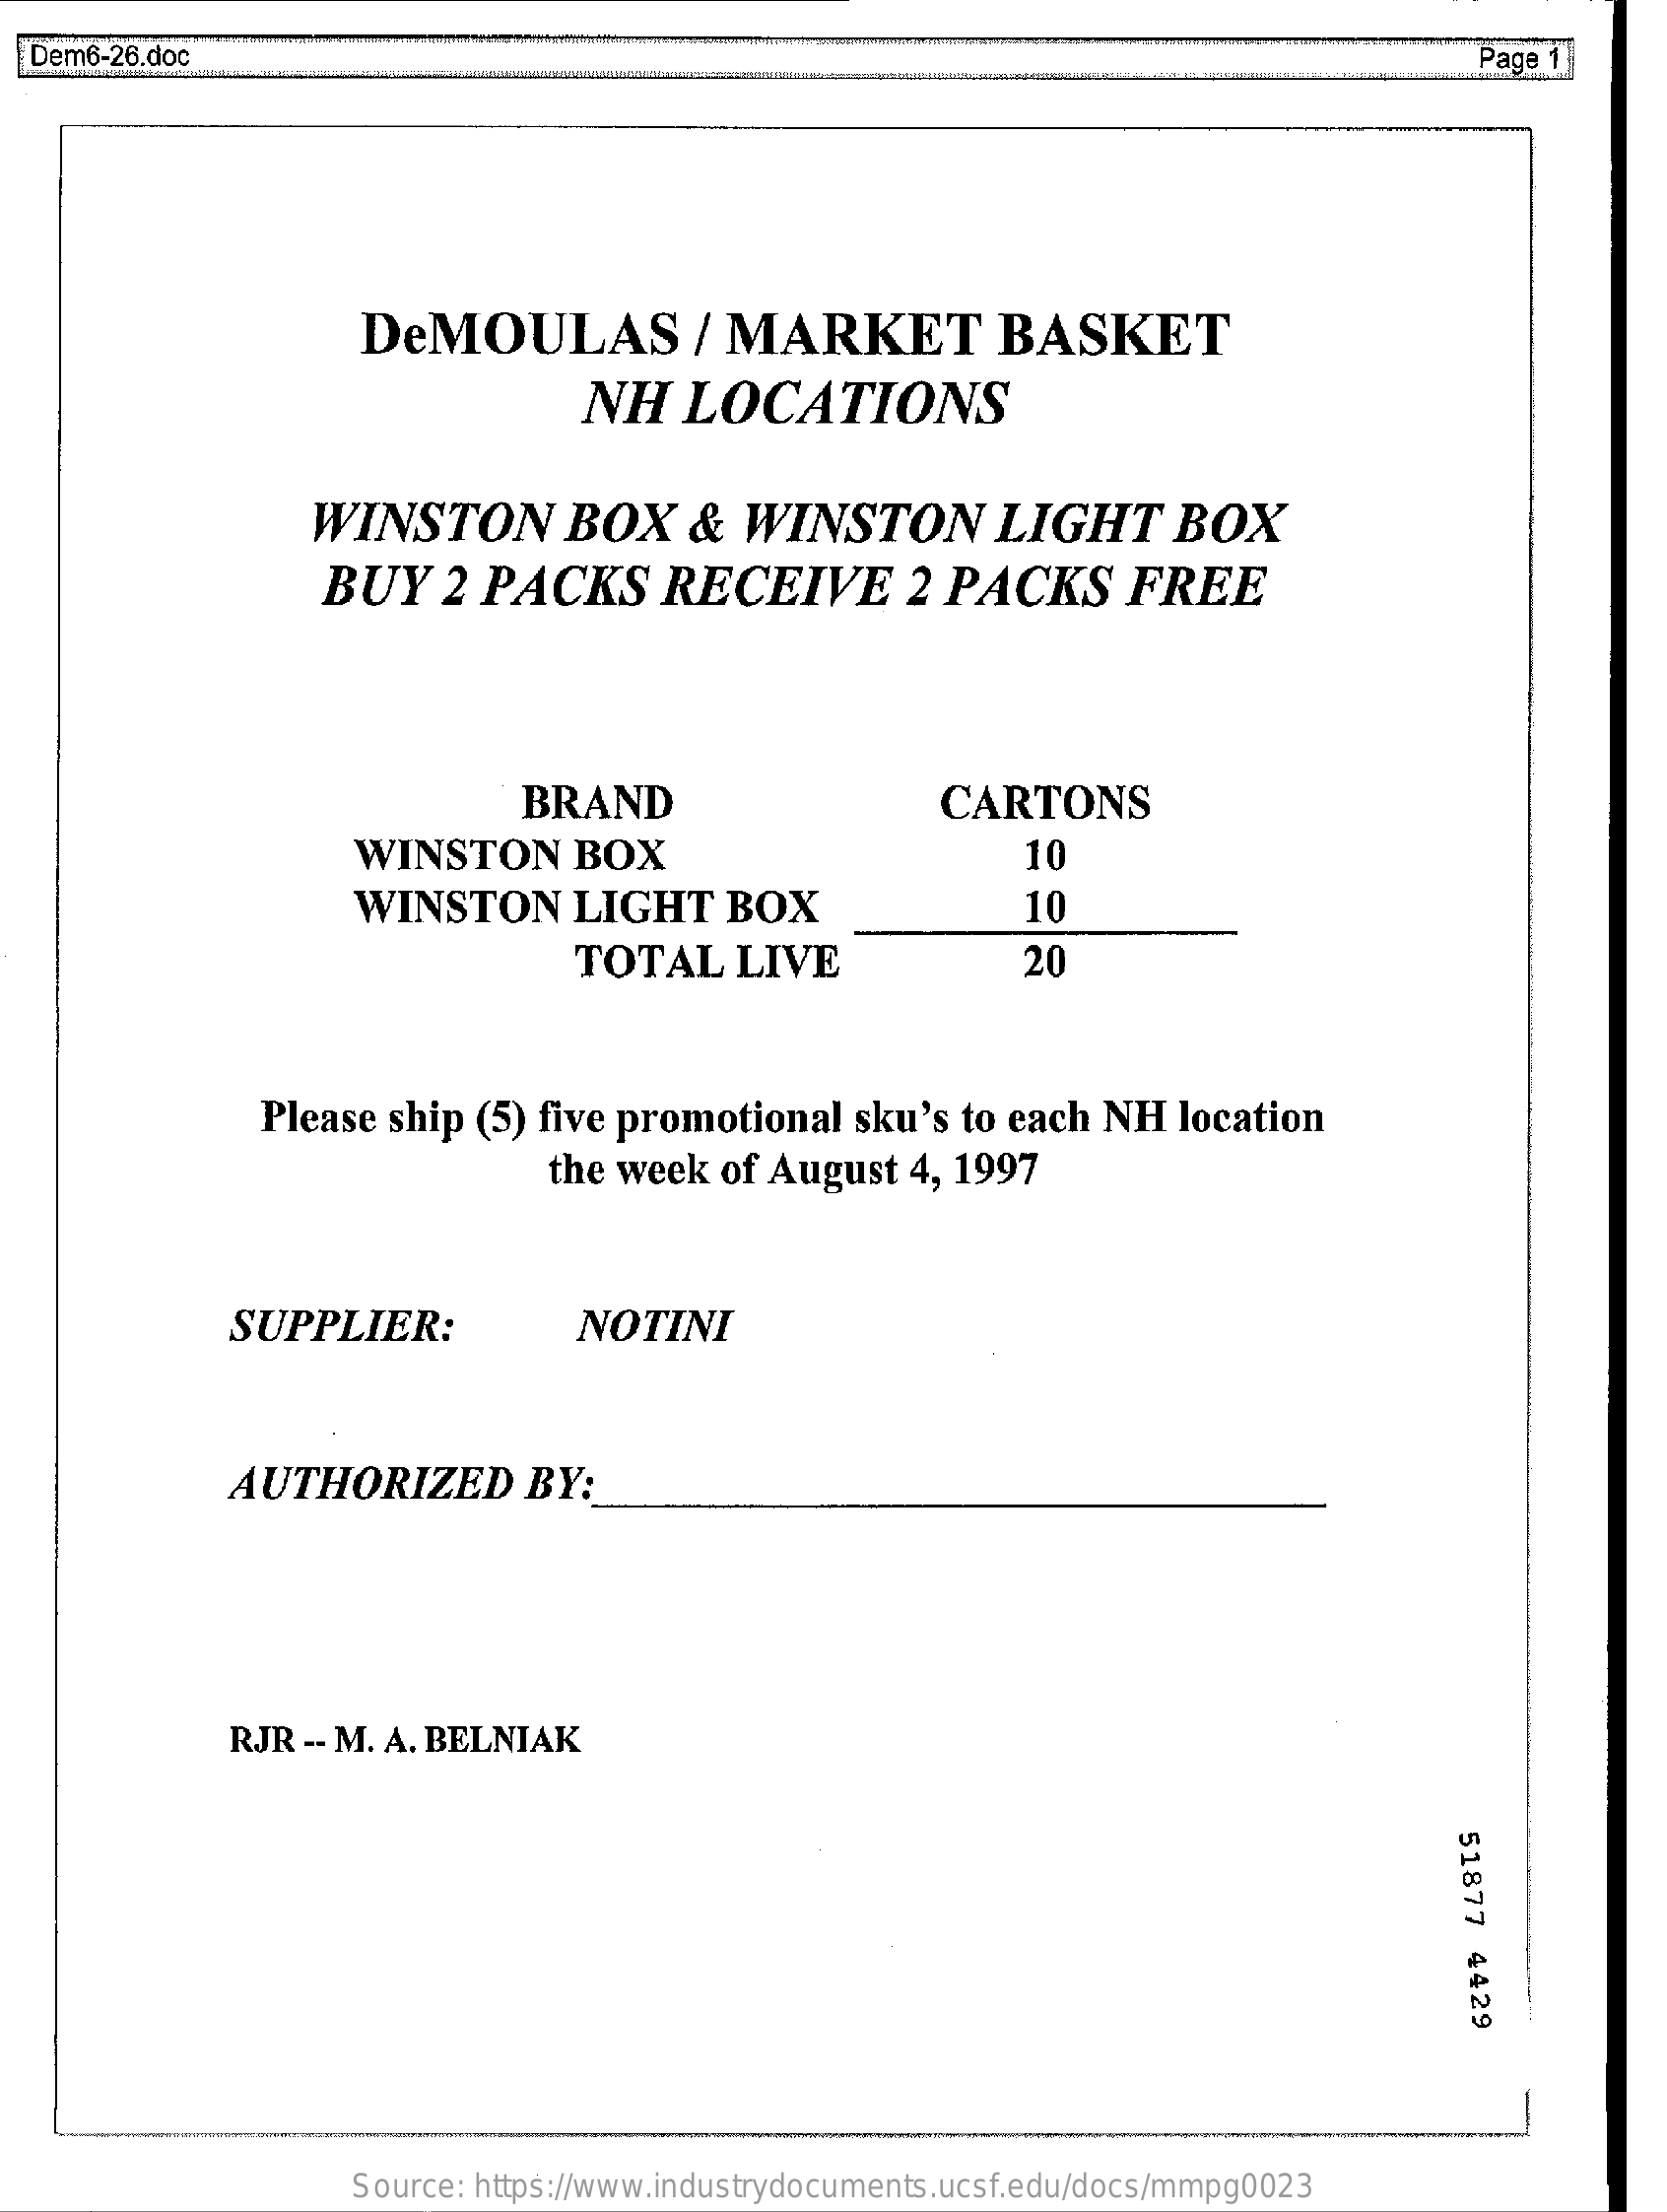
Dem6-26.doc    Page 1
     DeMOULAS    / MARKET    BASKET
     NH    LOCATIONS
     WINSTON    BOX    &   WINSTON    LIGHT    BOX
     BUY    2 PACKS    RECEIVE    2 PACKS    FREE
     BRAND    CARTONS
     WINSTON    BOX    10
     WINSTON    LIGHT    BOX    10
     TOTAL    LIVE    20
     Please  ship (5) five promotional    sku's to each  NH  location
     the week  of August   4, 1997
     SUPPLIER:    NOTINI
     AUTHORIZED    BY:
     RJR  -- M. A. BELNIAK
     51877
     4429
     Source: https://www.industrydocuments.ucsf.edu/docs/mmpg0023